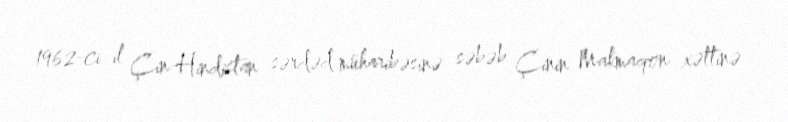
1962-ci il Çin-Hindistan sərdəd müharibəsinə səbəb Çinin Makmaqon xəttinə